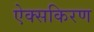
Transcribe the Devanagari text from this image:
ऐक्सकिरण